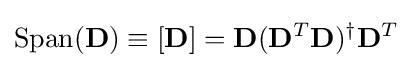
{\textrm {Span}}(\mathbf {D} )\equiv \left[\mathbf {D} \right]=\mathbf {D} (\mathbf {D} ^{T}\mathbf {D} )^{\dagger }\mathbf {D} ^{T}